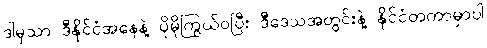
ဒါမှသာ ဒီနိုင်ငံအနေနဲ့ ပိုမိုကြွယ်ဝပြီး ဒီဒေသအတွင်းနဲ့ နိုင်ငံတကာမှာပါ